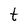
Character: t